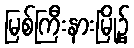
မြစ်ကြီးနားမြို့၌